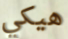
هيكي